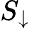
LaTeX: S_{\downarrow}